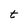
Character: t